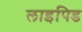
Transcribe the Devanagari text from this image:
लाइपिड